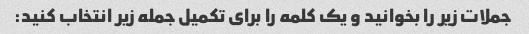
جملات زیر را بخوانید و یک کلمه را برای تکمیل جمله زیر انتخاب کنید: